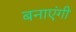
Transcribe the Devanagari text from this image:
बनाएंगी